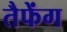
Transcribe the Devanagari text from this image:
तैफेंग